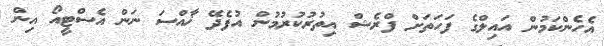
އެހެންކަމުން އައިލްގެ ފަހަތަށް ފްރެޝް އިތުރުކުރުމުން އުފެދޭ ޚާއްސަ ނަން އެސްޓީއޯ އިން